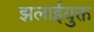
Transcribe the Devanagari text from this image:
झलाईयुक्त